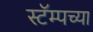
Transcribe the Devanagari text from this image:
स्टॅम्पच्या